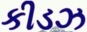
કીડઝ